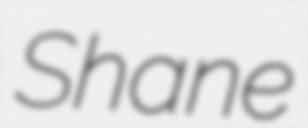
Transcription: Shane